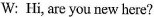
W: Hi, are you new here?